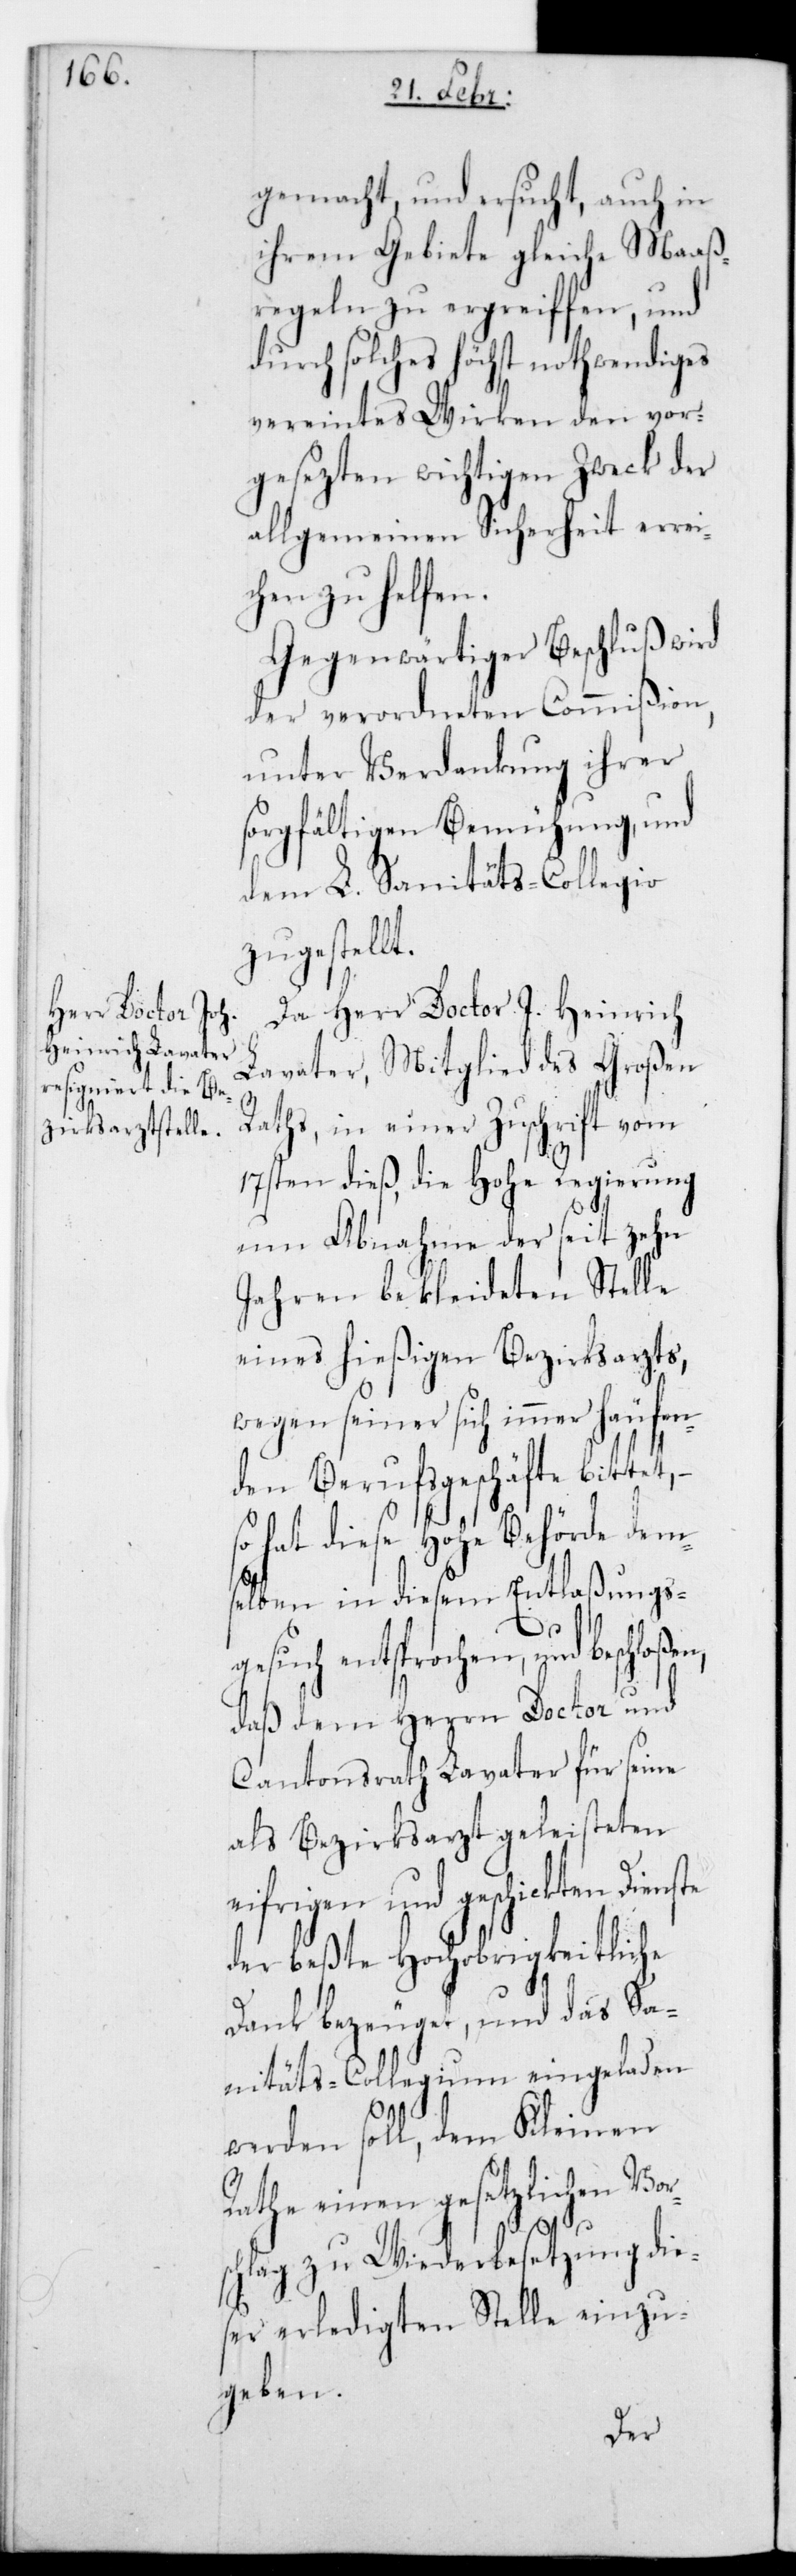
gemacht und ersucht, auch in
ihrem Gebiete gleiche Maaß¬
regeln zu ergreifen, und
durch solches höchst nothwendiges
vereintes Wirken den vor¬
gesezten wichtigen Zweck der
allgemeinen Sicherheit errei¬
chen zu helfen.
Gegenwärtiger Beschluß wird
der verordneten Commißion,
unter Verdankung ihrer
sorgfältigen Bemühung, und
dem L. Sanitäts-Collegio
zugestel¬
Da Herr Doctor J. Heinrich
Lavater, Mitglied des Großen
n,
Raths, in einer Zuschrift vom
17ten dieß, die Hohe Regierung
um Abnahme der seit zehn
Jahren bekleideten Stelle
eines hießigen Bezirksarzts,
wegen seiner sich immer häufen¬
den Berufsgeschäfte bittet, –
so hat diese Hohe Behörde dem¬
selben in diesem Entlaßungs¬
gesuch entsprochen und beschloße¬
daß dem Herrn Doctor und
Cantonsrath Lavater für seine
als Bezirksarzt geleisteten
eifrigen und geschickten Dienste
der beste Hochobrigkeitliche
Dank bezeuget, und das Sa¬
nitäts-Collegium eingeladen
werden soll, dem Kleinen
Rathe einen gesetzlichen Vor¬
lt.
schlag zu Wiederbesetzung die¬
ser erledigten Stelle einzu¬
geben.